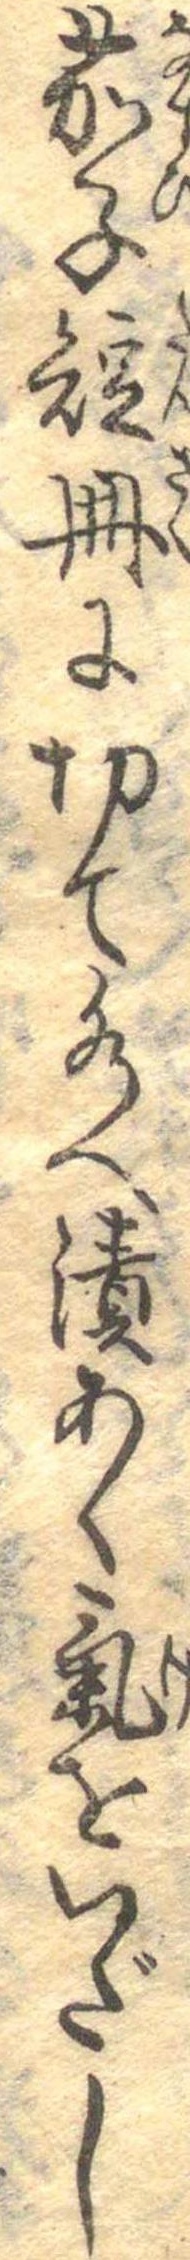
茄子短冊に切て水へ漬あく気をいだし